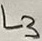
Text: L3